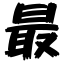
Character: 最